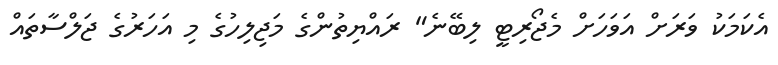
އެކަމަކު ވަރަށް އަވަހަށް މެޖޯރިޓީ ލިބޭނެ" ރައްޔިތުންގެ މަޖިލިހުގެ މި އަހަރުގެ ޖަލްސާތައް